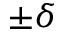
\pm \delta